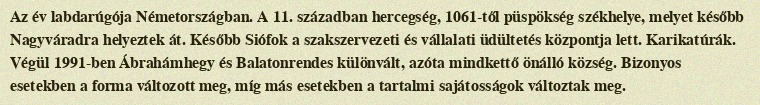
Az év labdarúgója Németországban. A 11. században hercegség, 1061-től püspökség székhelye, melyet később Nagyváradra helyeztek át. Később Siófok a szakszervezeti és vállalati üdültetés központja lett. Karikatúrák. Végül 1991-ben Ábrahámhegy és Balatonrendes különvált, azóta mindkettő önálló község. Bizonyos esetekben a forma változott meg, míg más esetekben a tartalmi sajátosságok változtak meg.